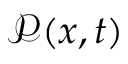
{ \mathcal { P } } ( x , t )